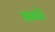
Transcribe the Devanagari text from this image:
डावरे